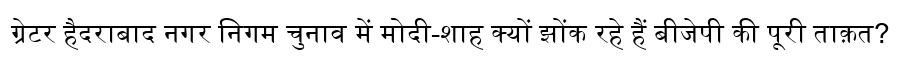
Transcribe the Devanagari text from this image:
ग्रेटर हैदराबाद नगर निगम चुनाव में मोदी-शाह क्यों झोंक रहे हैं बीजेपी की पूरी ताक़त?